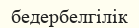
бедербелгілік